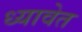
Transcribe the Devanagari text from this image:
ध्यावेत